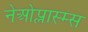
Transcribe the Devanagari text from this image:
नेओप्लास्म्स